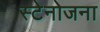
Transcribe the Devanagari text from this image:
स्टेनोजना